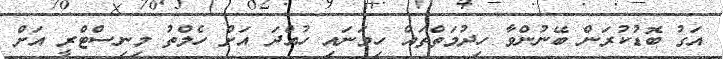
އަގު ބޮޑުކުރަން ބޭނުންވާ ހިދުމަތްތައް ހިމަނައި ހުއްދަ އަށް ހެލްތު މިނިސްޓްރީ އަށް